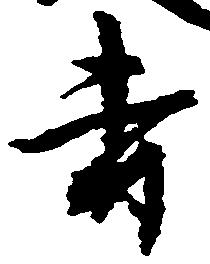
寺